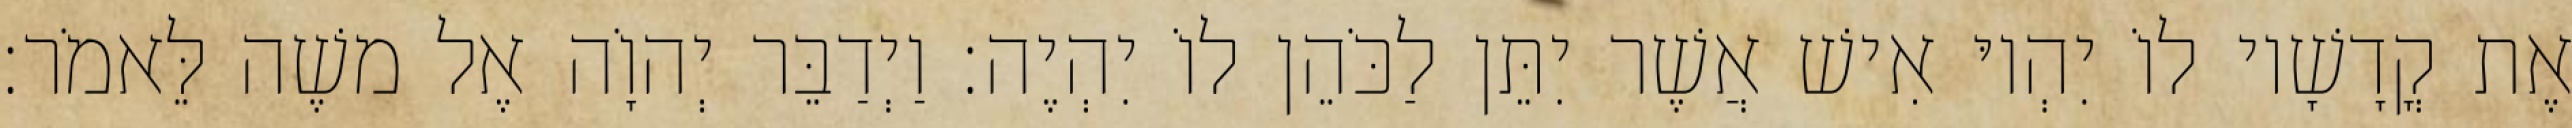
אֶת קֳדָשָׁיו לוֹ יִהְיוּ אִישׁ אֲשֶׁר יִתֵּן לַכֹּהֵן לוֹ יִהְיֶה׃ וַיְדַבֵּר יְהוָֹה אֶל משֶׁה לֵּאמֹר׃